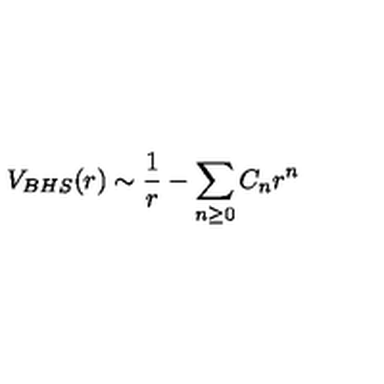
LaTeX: V _ { B H S } ( r ) \sim { \frac { 1 } { r } } - { \sum _ { n \ge 0 } C _ { n } r ^ { n } } \qquad